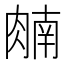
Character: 𬛈